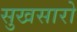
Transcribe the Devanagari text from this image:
सुखसारो